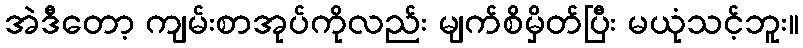
အဲဒီတော့ ကျမ်းစာအုပ်ကိုလည်း မျက်စိမှိတ်ပြီး မယုံသင့်ဘူး။